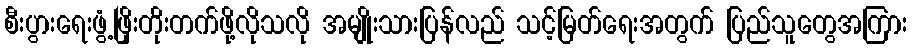
စီးပွားရေးဖွံ့ဖြိုးတိုးတက်ဖို့လိုသလို အမျိုးသားပြန်လည် သင့်မြတ်ရေးအတွက် ပြည်သူတွေအကြား